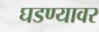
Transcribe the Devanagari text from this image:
घडण्यावर